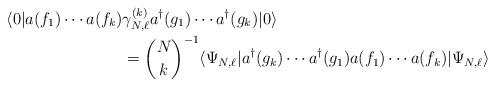
LaTeX: \begin{align*}\langle 0| a(f_{1}) \cdots a(f_k) & \gamma_{N,\ell}^{(k)} a^\dagger(g_1) \cdots a^\dagger(g_k) |0 \rangle \\&= { N\choose k} ^{-1}\langle \Psi_{N,\ell} | a^\dagger(g_k) \cdots a^\dagger(g_1) a(f_1)\cdots a(f_k) | \Psi_{N,\ell} \rangle\end{align*}